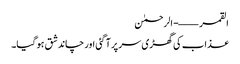
القمر ——- الرحمٰن
عذاب کی گھڑی سر پر آ گئی اور چاند شق ہو گیا۔